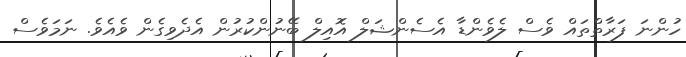
ހުންނަ ފަރާތްތައް ވެސް ލެވެންޑާ އެސެންޝަލް އޮއިލް ބޭނުންކުރުން އެދެވިގެން ވެއެވެ. ނަމަވެސް